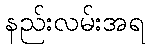
နည်းလမ်းအရ